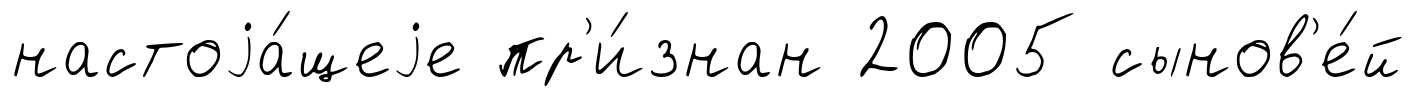
настоjа́щеjе пр'и́знан 2005 сынов'е́й